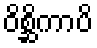
ဝိစ္ဆိကာပိ